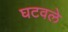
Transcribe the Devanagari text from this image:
घटवले